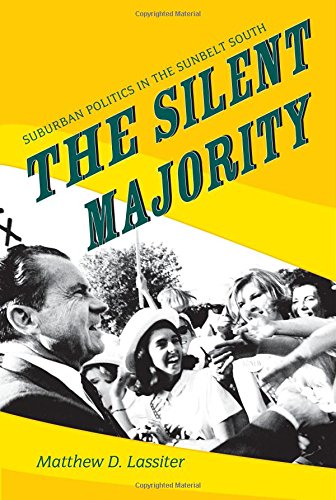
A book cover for The Silent Majority: Suburban Politics in the Sunbelt South (Politics and Society in Twentieth-Century America); Matthew D. Lassiter; Politics & Social Sciences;